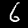
Label: 6